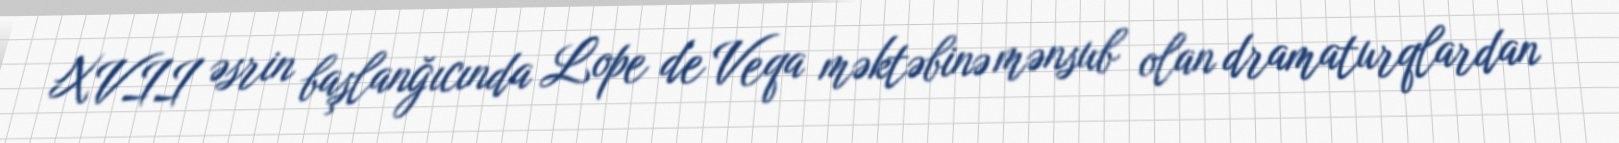
XVII əsrin başlanğıcında Lope de Veqa məktəbinə mənsub olan dramaturqlardan